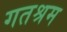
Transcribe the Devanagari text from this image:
गतश्रम